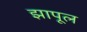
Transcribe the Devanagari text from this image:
झापूल